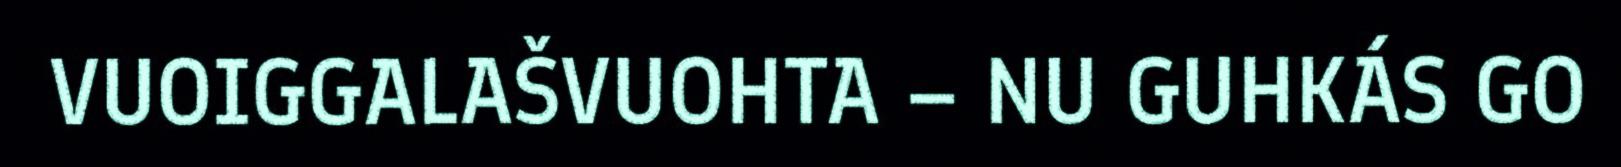
VUOIGGALAŠVUOHTA – NU GUHKÁS GO